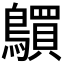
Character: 𲍦